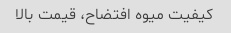
کیفیت میوه افتضاح، قیمت بالا